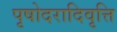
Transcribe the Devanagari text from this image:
पृषोदरादिवृत्ति